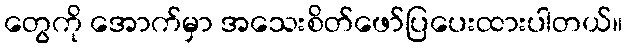
တွေကို အောက်မှာ အသေးစိတ်ဖော်ပြပေးထားပါတယ်။